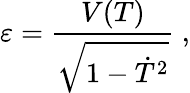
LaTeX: \varepsilon={\frac{V(T)}{\sqrt{1-\dot{T}^{2}}}}\ ,